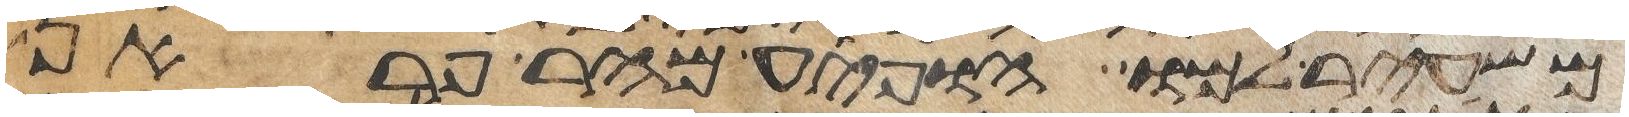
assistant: משעיר למו הופיע מהר פראן